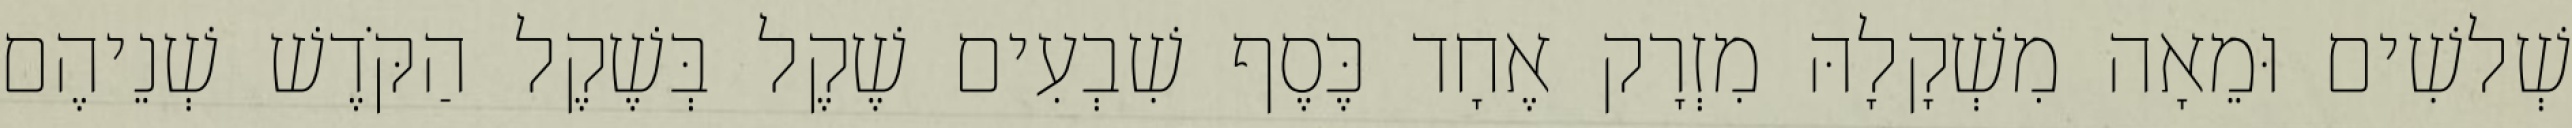
שְׁלשִׁים וּמֵאָה מִשְׁקָלָהּ מִזְרָק אֶחָד כֶּסֶף שִׁבְעִים שֶׁקֶל בְּשֶׁקֶל הַקֹּדֶשׁ שְׁנֵיהֶם